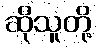
ဆိုသူတို့